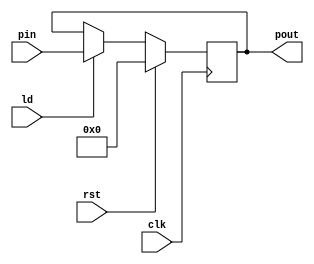
`timescale 1ns/1ns

module Register (clk, pin, ld, rst, pout);
    
    parameter N = 8;
    input clk;
    input ld;
    input rst;
    input[N-1:0] pin;
    output reg[N-1:0] pout;

    always @(posedge clk) begin
        if(rst)
	    pout <= 0;
        else
	    pout <= ld ? pin : pout;
	    
    end

endmodule